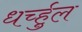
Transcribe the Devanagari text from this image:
धर्च्हुल